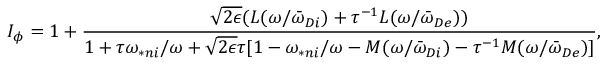
I _ { \phi } = 1 + \frac { \sqrt { 2 \epsilon } ( L ( \omega / { \bar { \omega } } _ { D i } ) + \tau ^ { - 1 } L ( \omega / { \bar { \omega } } _ { D e } ) ) } { 1 + \tau \omega _ { \ast n i } / \omega + \sqrt { 2 \epsilon } \tau [ 1 - \omega _ { \ast n i } / \omega - M ( \omega / { \bar { \omega } } _ { D i } ) - \tau ^ { - 1 } M ( \omega / { \bar { \omega } } _ { D e } ) ] } ,